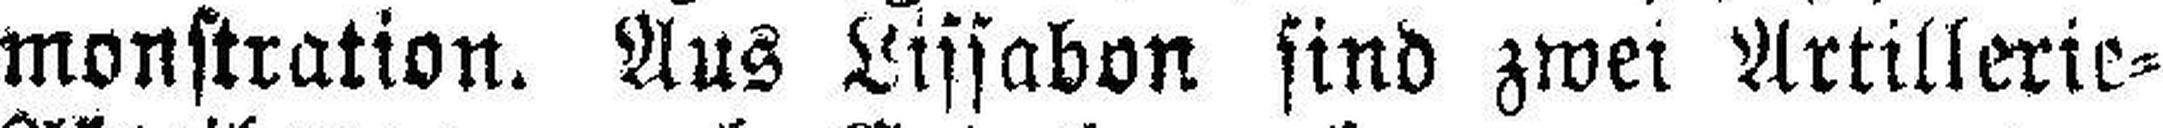
monstration. Aus Lissabon sind zwei Artillerie=